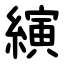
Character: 縯